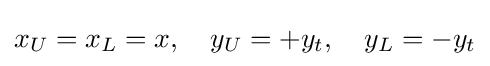
x_{U}=x_{L}=x,\quad y_{U}=+y_{t},\quad y_{L}=-y_{t}